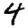
Digit: 4